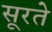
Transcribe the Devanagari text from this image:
सूरते